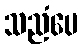
သညံပေ